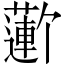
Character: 𬞮